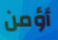
أؤمن